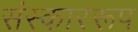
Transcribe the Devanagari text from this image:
संस्काररूप